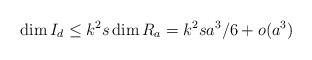
LaTeX: \begin{align*}\dim I_d\leq k^2s \dim R_a = k^2s a^3/6 + o(a^3)\end{align*}